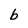
Character: b